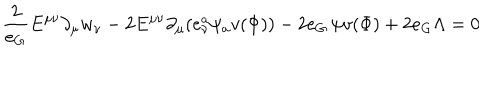
LaTeX: \frac { 2 } { e _ { G } } E ^ { \mu \nu } \partial _ { \mu } w _ { \nu } - 2 E ^ { \mu \nu } \partial _ { \mu } ( e _ { \nu } ^ { a } \psi _ { a } v ( \Phi ) ) - 2 e _ { G } \, \psi v ( \Phi ) + 2 e _ { G } \Lambda = 0